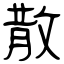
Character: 散